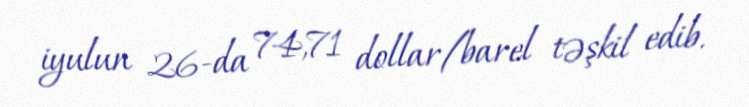
iyulun 26-da 74,71 dollar/barel təşkil edib.